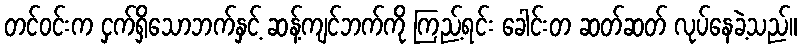
တင်ဝင်းက ငှက်ရှိသောဘက်နှင့် ဆန့်ကျင်ဘက်ကို ကြည့်ရင်း ခေါင်းတ ဆတ်ဆတ် လုပ်နေခဲ့သည်။